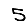
Digit: 5